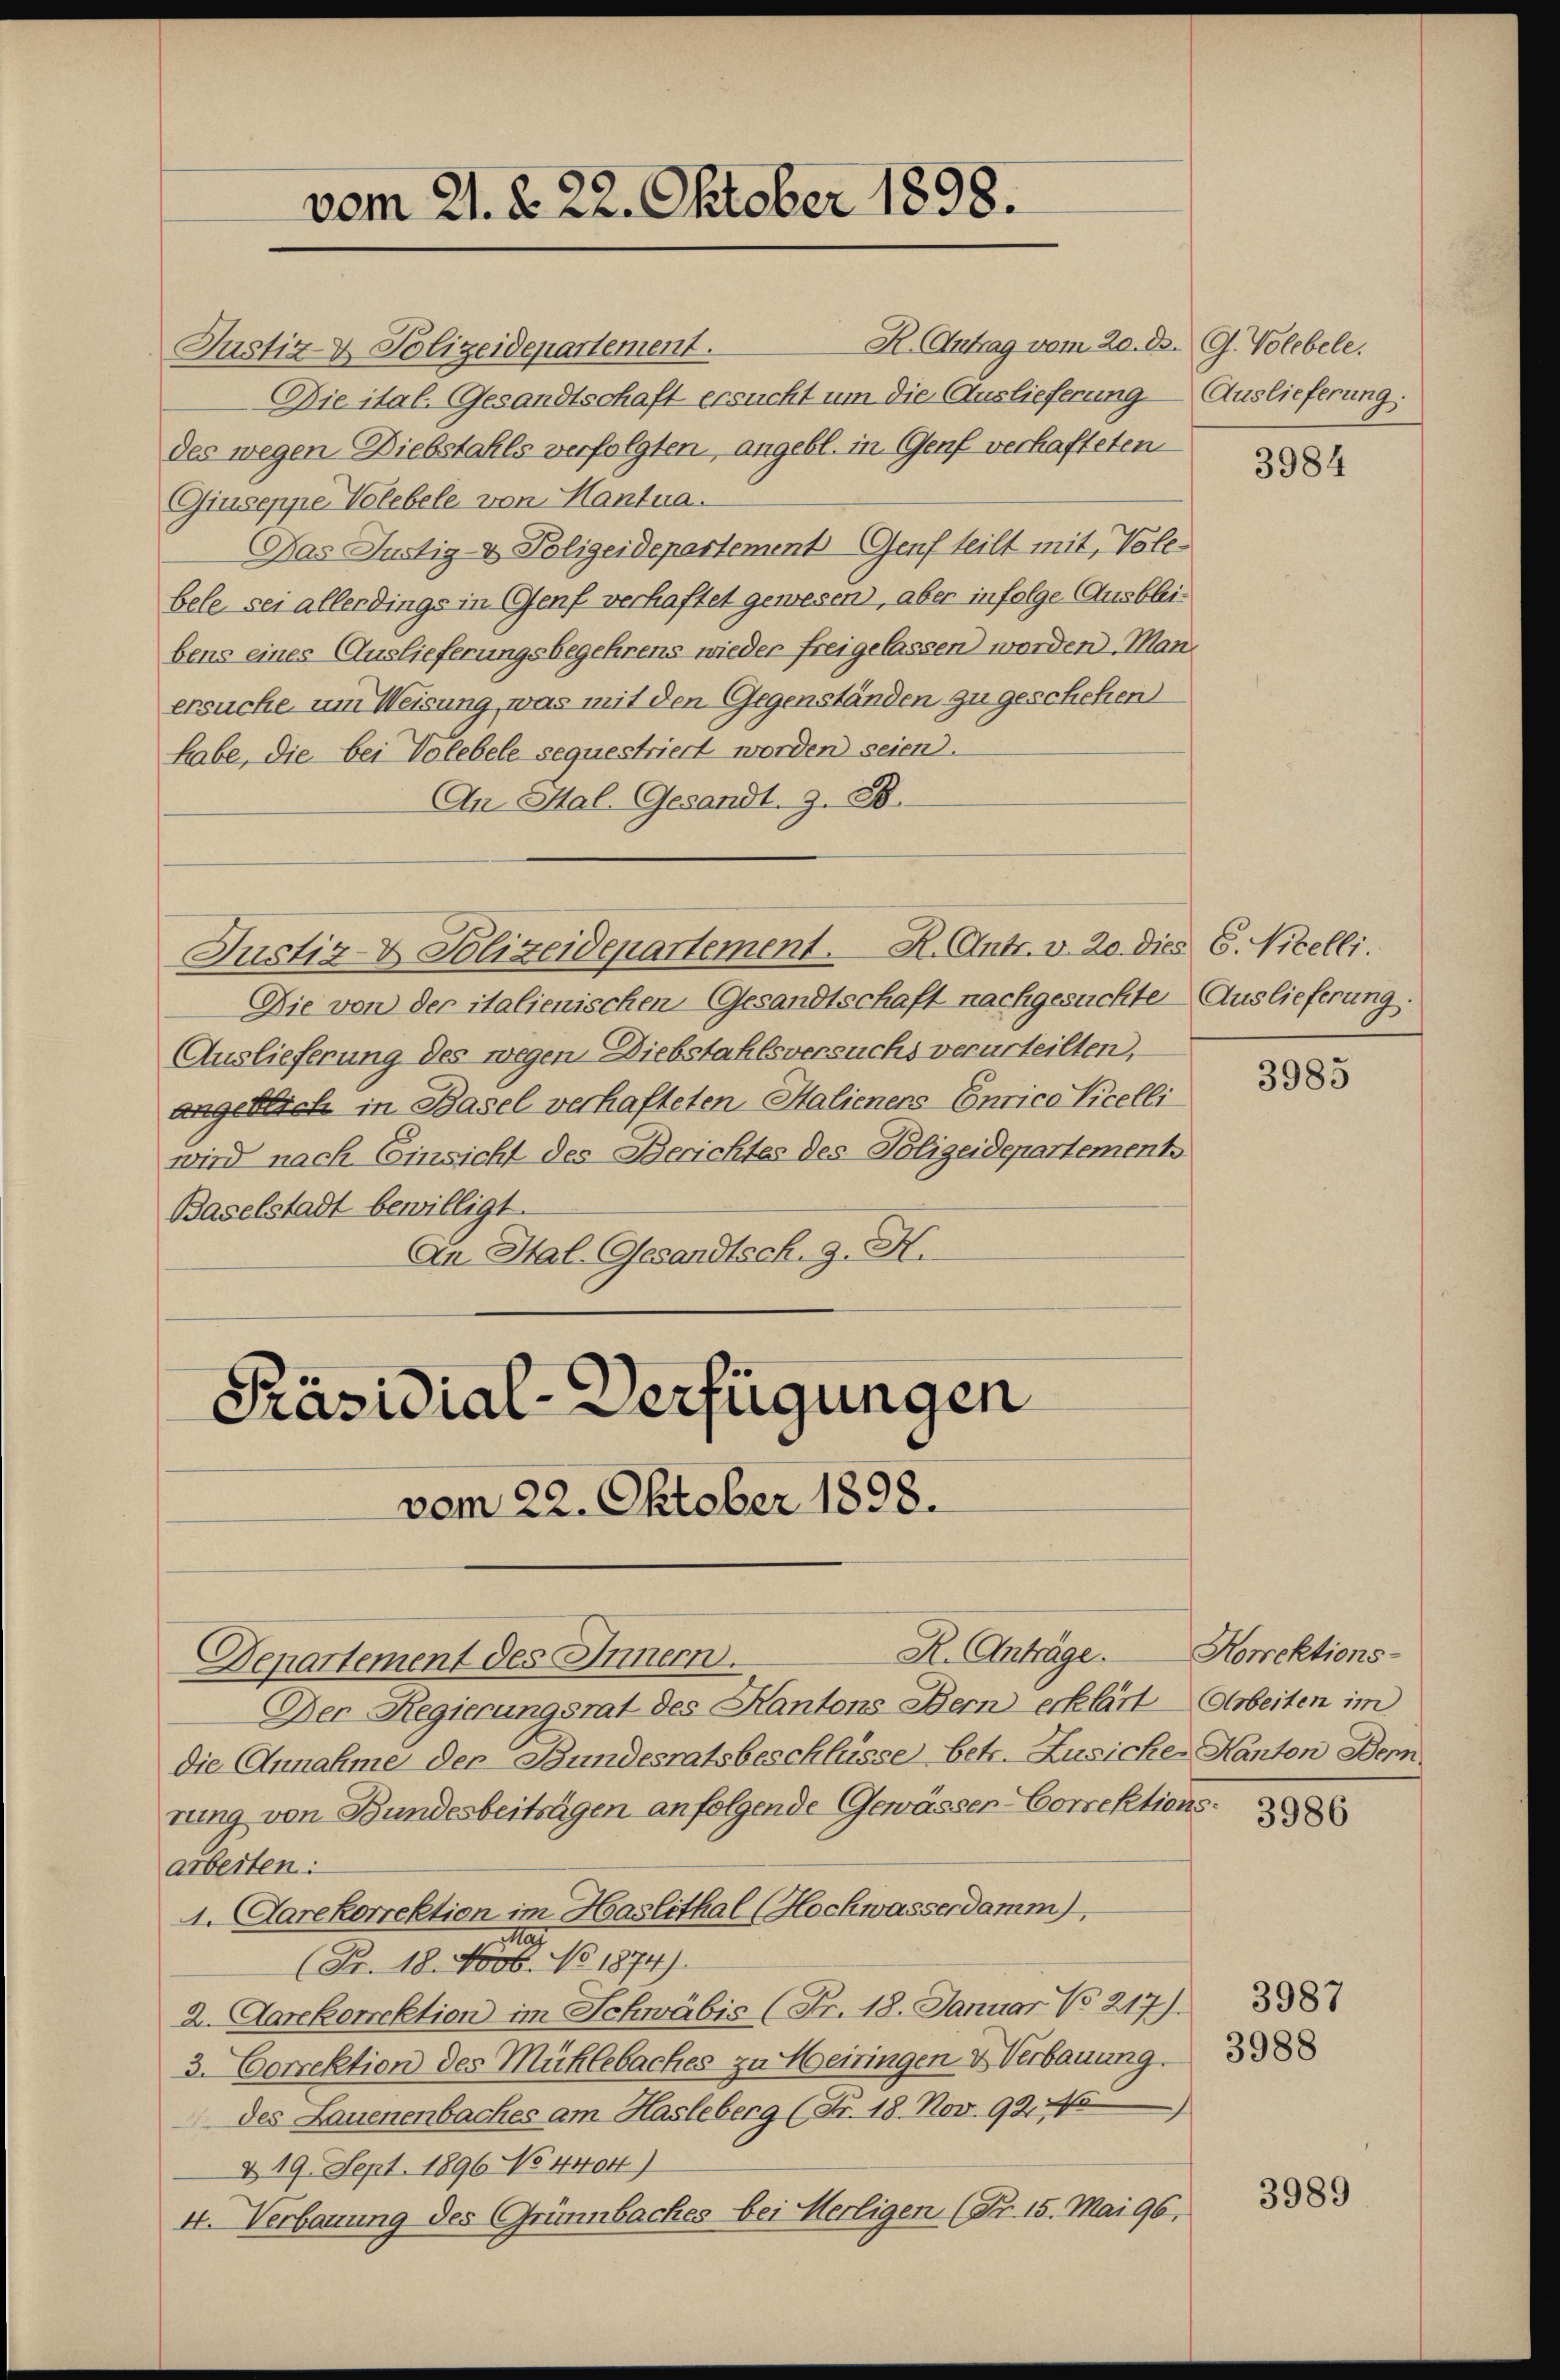
vom 21. d. 22. Oktober 1898.

R. Antrag vom 20. ds. G. Volebele.
Justiz- & Polizeidepartement.
Die ital. Gesandtschaft ersucht um die Auslieferung
des wegen Diebstahls verfolgten angebl. in Genf verhafteten
Giuseppe Volebele von Hantua
Das Justiz- & Polizeidepartement Genf teilt mit, Vole-
bele sei allerdings in (Genf verhaftet gewesen, aber infolge Ausbleibens eines Auslieferungsbegehrens wieder freigelassen worden. Man
ersuche, um Weisung, was mit den Gegenständen zu geschehen
habe, die bei Volebele sequestriert worden seien.
An Hal-Gesandt, z. B.
Justiz- & Polizeidepartement. H. Antr. v. 20. dies 6. Nicelli
Die von der italienischen Gesandtschaft nachgesuchte Auslieferung.
Auslieferung des wegen Diebstahlsversuchs verurteilten,
angeblich in Basel verhafteten Salienens Endico Vicelli
wird nach Einsicht des Berichtes des Polizeidepartement
Baselstadt bewilligt.
An Hal-Gesandtsch. G. H.

vom 22. Oktober 1898.
Departement des Innern.
Der Regierungsrat des Kantons Bern erklärt
die Annahme der Bundesratsbeschlüsse betr. Zusiches Kanton Benn
rung von Bundesbeitragen anfolgende Gewässer-Correktionsarbeiten:
4. Carekorrektion im Haslithal (Hochwasserdamm
1
(Br. 18. Novb. No 1874).
2. Aarkorektion im Schwäbis (Fr. 18. Januar No 217).
3. Correktion des Mühlebaches zu Meiringen & Verbauung.
.
des Lauenenbaches am Hasleberg (Fr. 18. Nov. 92. 45
& 19. Sept. 1896 No 4404)
I. Verbauung des Grünbaches bei Merligen (Fr. 15. Mai 96,

Präsidial-Verfügungen

R. Anträge

Auslieferung:

Horektions-
Arbeiten im

3984

3985

3986

3987
3988

3989